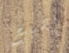
بطبع